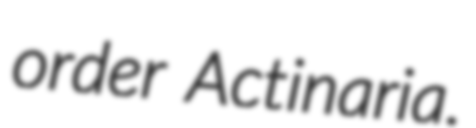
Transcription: order Actinaria.